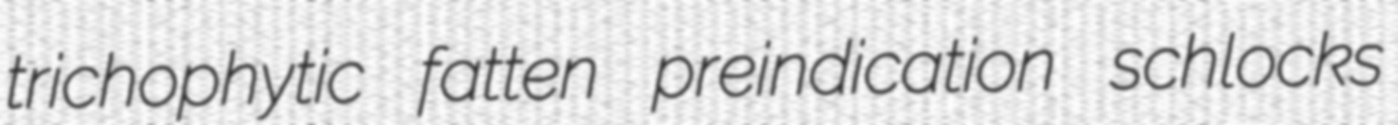
trichophytic fatten preindication schlocks